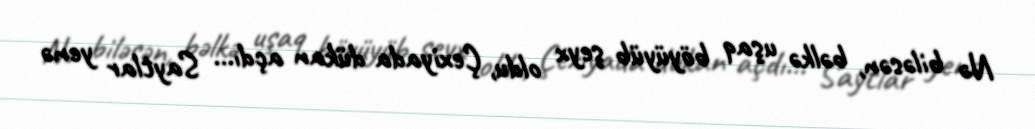
Nə biləsən, bəlkə uşaq böyüyüb şeyx oldu, Çexiyada dükan açdı... Saytlar yenə